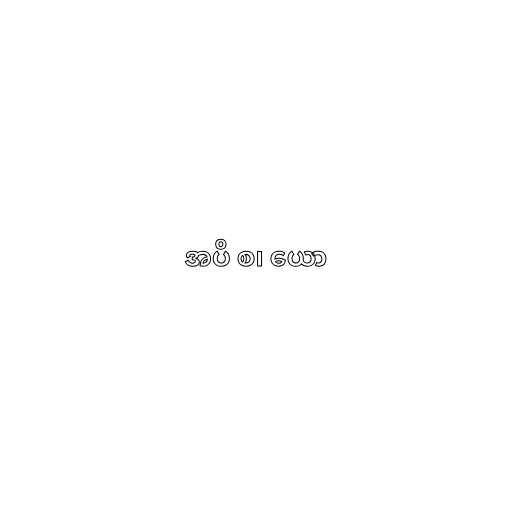
အပိ စ၊ ယော